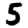
Digit: 5